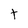
Character: t